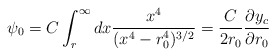
\begin{align*}\psi_0=C\int^{\infty}_r dx\frac{x^4}{(x^4-r_0^4)^{3/2}}=\frac{C}{2r_0}\frac{\partial y_c}{\partial r_0}\end{align*}